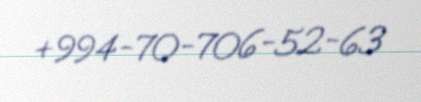
+994-70-706-52-63